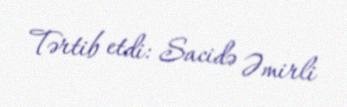
Tərtib etdi: Sacidə Əmirli